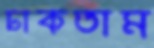
ঢাকতাম